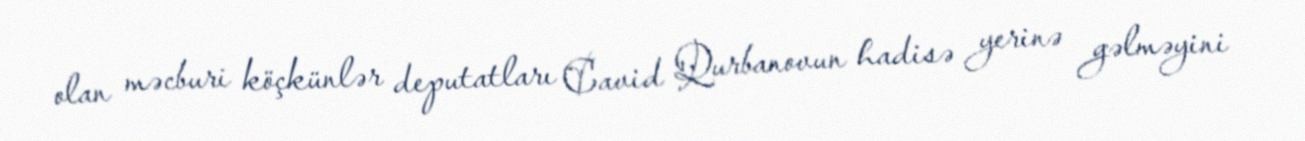
olan məcburi köçkünlər deputatları Cavid Qurbanovun hadisə yerinə gəlməyini